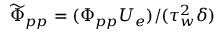
\widetilde { \Phi } _ { p p } = ( \Phi _ { p p } U _ { e } ) / ( \tau _ { w } ^ { 2 } \delta )